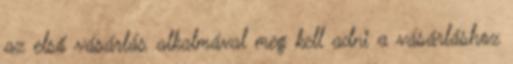
az első vásárlás alkalmával meg kell adni a vásárláshoz